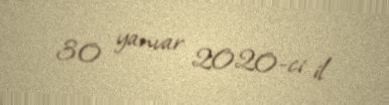
30 yanvar 2020-ci il